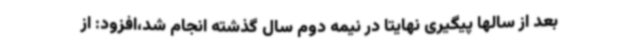
بعد از سالها پیگیری نهایتا در نیمه دوم سال گذشته انجام شد،افزود: از